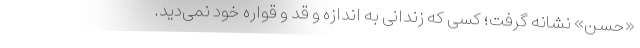
«حسن» نشانه گرفت؛ کسی که زندانی به اندازه و قد و قواره خود نمی‌دید.